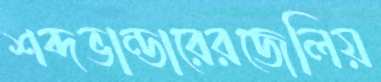
শব্দভান্ডারেরজেলিয়